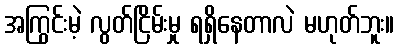
အကြွင်းမဲ့ လွတ်ငြိမ်းမှု ရရှိနေတာလဲ မဟုတ်ဘူး။